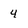
Character: 4